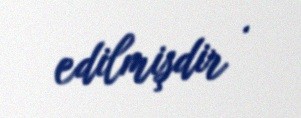
edilmişdir .